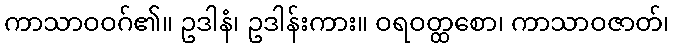
ကာသာဝဝဂ်၏။ ဥဒါနံ၊ ဥဒါန်းကား။ ဝရဝတ္ထစော၊ ကာသာဝဇာတ်၊